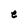
Character: e